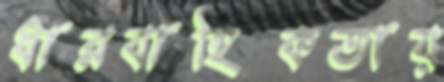
ধারবাহিকতায়